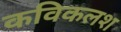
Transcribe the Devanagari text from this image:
कविकलश